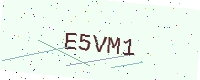
Text: E5VM1